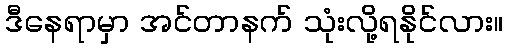
ဒီနေရာမှာ အင်တာနက် သုံးလို့ရနိုင်လား။